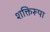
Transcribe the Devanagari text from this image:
शक्तिरूपा